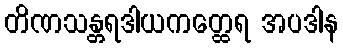
တိဏသန္တရဒါယကတ္ထေရ အပဒါန